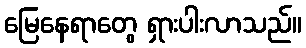
မြေနေရာတွေ ရှားပါးလာသည်။